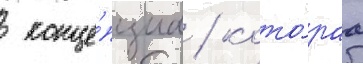
 конце́пциа / кото́раа